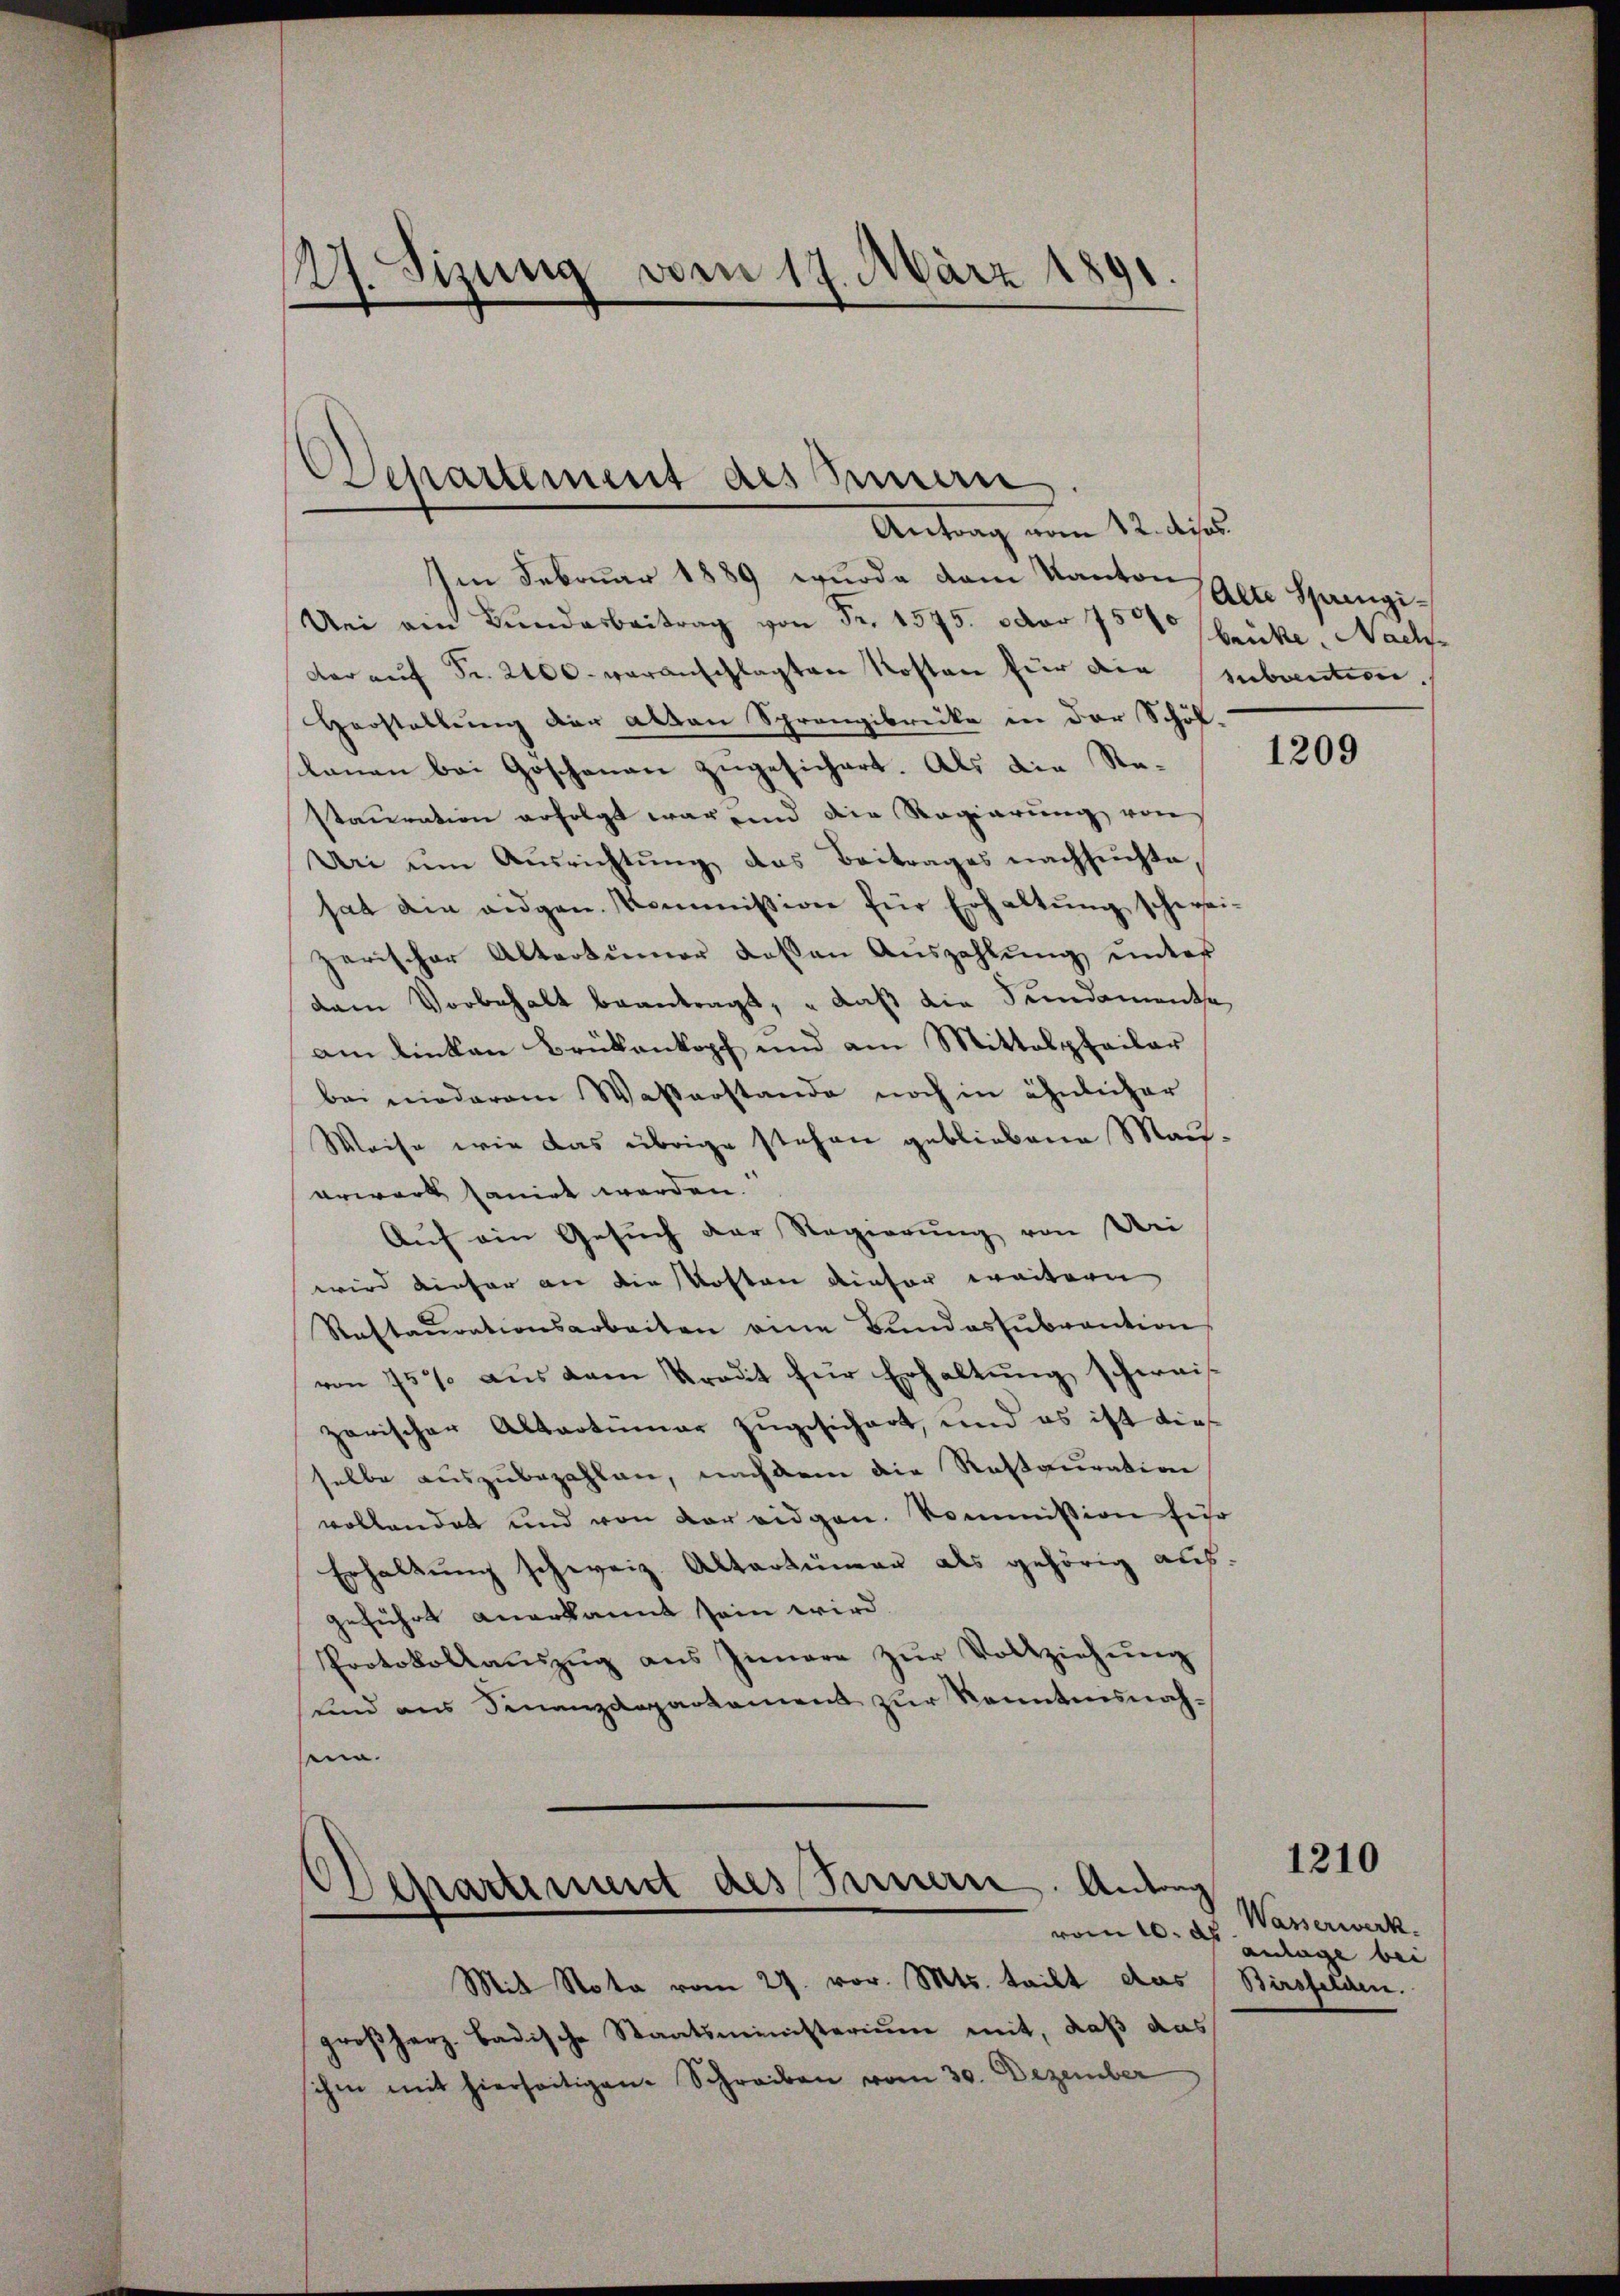
2. Sizung vom 17. März 1891.

Departement des Sinnern
Antrag vom 12. dies.

Departiment des Innern. Antrag

Im Februar 1889 wurde dem Kanton
Aei am Bundesbeitrag von Fr. 1575. oder 75000
dar auf Fr. 2400. veranschlagten Kosten für die subaution.
Herstellung der alten Sprangibrücke in der Schöl.
kanen bei Goschenau zugesichert. Als die Restauration erfolgt war unnd die Regierung von
Uri um Ausrichtung das Beitrages nachsuchte,
hat die eidgen. Kommission für Erhaltŭng schwei-
zerischer Altertümer dessen Auszahlung unter
dem Vorbehalt beantragt, „daß die Sundamente
am linken Brükankopf und am Mittelpthailar
bei niederem Waßerstande noch in ähnlicher
Weise wie das übrige stehen gebliebene Mauerwart sanirt werden.
Aŭf ein Gesŭch der Regierŭng von Wei
wird dieser an die Kosten dieser weitern
Restaŭrationsarbeiten eine Bŭndessŭbvention
von 75 aus dem Kredit für Erhaltung schweis-
zarischer Altertümer zugesichert, und es ist dies
selbe auszubezahlen, nachdem die Restauration
vollendet und von der eidgen. Kommission für
Erhaltung schweiz. Altertümer als gehörig auf-
geführt anerkannt sein wird.
Protokollaŭszŭg aŭs Innere zŭr Vollziehŭng
und aus Finanzdepartament zur Kenntnisnahein.

Alte Springi-
brücke, Nac

Mit Nota vom 27. vor. Mts. teilt das Birsfelden.
großherz. badische Staatsministerium mit, daß das
schen mit hierseitigen Schreiben vom 30. Dezember

1209

1210

vom 10. ds. Wasserwerk.
anlage bei